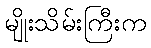
မျိုးသိမ်းကြီးက